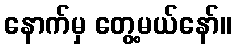
နောက်မှ တွေ့မယ်နော်။